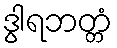
ဒွါရဘတ္တံ